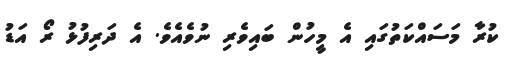
ކުރާ މަސައްކަތުގައި އެ މީހުން ބައިވެރި ނުވެއެވެ. އެ ދަރިފުޅު ރޯ އަޑު